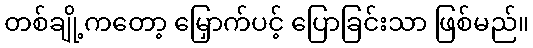
တစ်ချို့ကတော့ မြှောက်ပင့် ပြောခြင်းသာ ဖြစ်မည်။